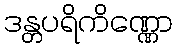
ဒန္တပရိကိဏ္ဏော